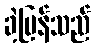
ခဲ့ပြန်သည်